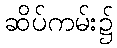
ဆိပ်ကမ်း၌